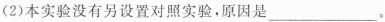
(2)本实验没有另设置对照实验，原因是___.